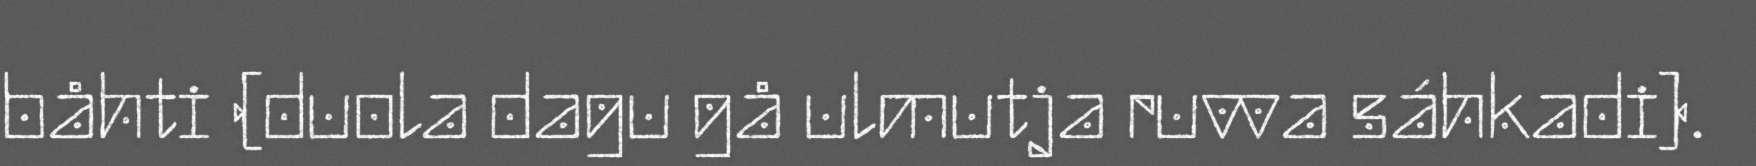
båhti (duola dagu gå ulmutja ruvva sáhkadi).